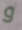
و